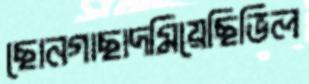
ছোনগাছাদমিয়েছিভিল